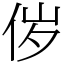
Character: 㑕